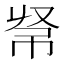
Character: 𢂟